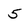
Character: 5